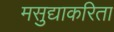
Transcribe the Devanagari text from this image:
मसुद्याकरिता